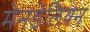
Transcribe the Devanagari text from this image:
मेनडेलियन